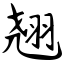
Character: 翘